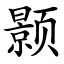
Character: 颢